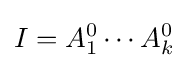
I=A_{1}^{0}\cdots A_{k}^{0}